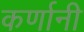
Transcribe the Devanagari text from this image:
कर्णानी